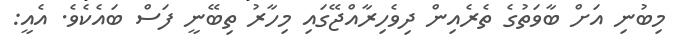
މިބުނި އަށް ބާވަތުގެ ތެރެއިން ދިވެހިރާއްޖޭގައި މިހާރު ތިބޭނީ ފަސް ބައެކެވެ. އެއީ: